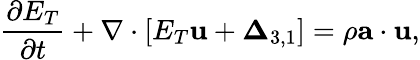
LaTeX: \frac{{\partial{E_{T}}}}{{\partial t}}+\nabla\cdot\left[{{E_{T}}{\mathbf{u}}+{{\boldsymbol{\Delta}}_{3,1}}}\right]=\rho\mathbf{a}\cdot\mathbf{u},